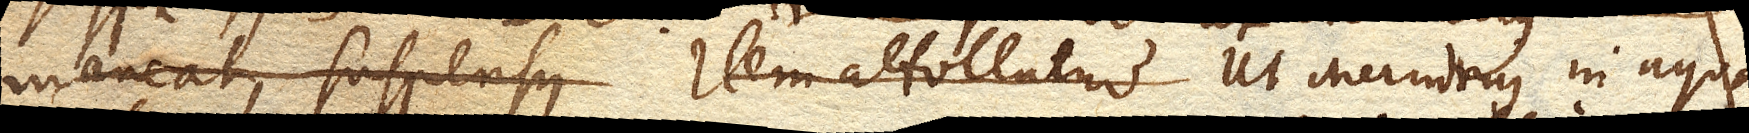
maneat suspensus Item attollatur Ut Mercurius in aqua